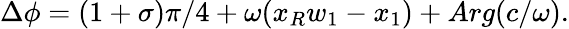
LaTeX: \Delta\phi=(1+\sigma)\pi/4+\omega(x_{R}w_{1}-x_{1})+Arg(c/\omega).